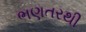
ભણતરથી